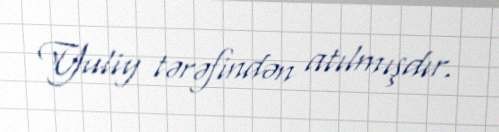
Yuliy tərəfindən atılmışdır.